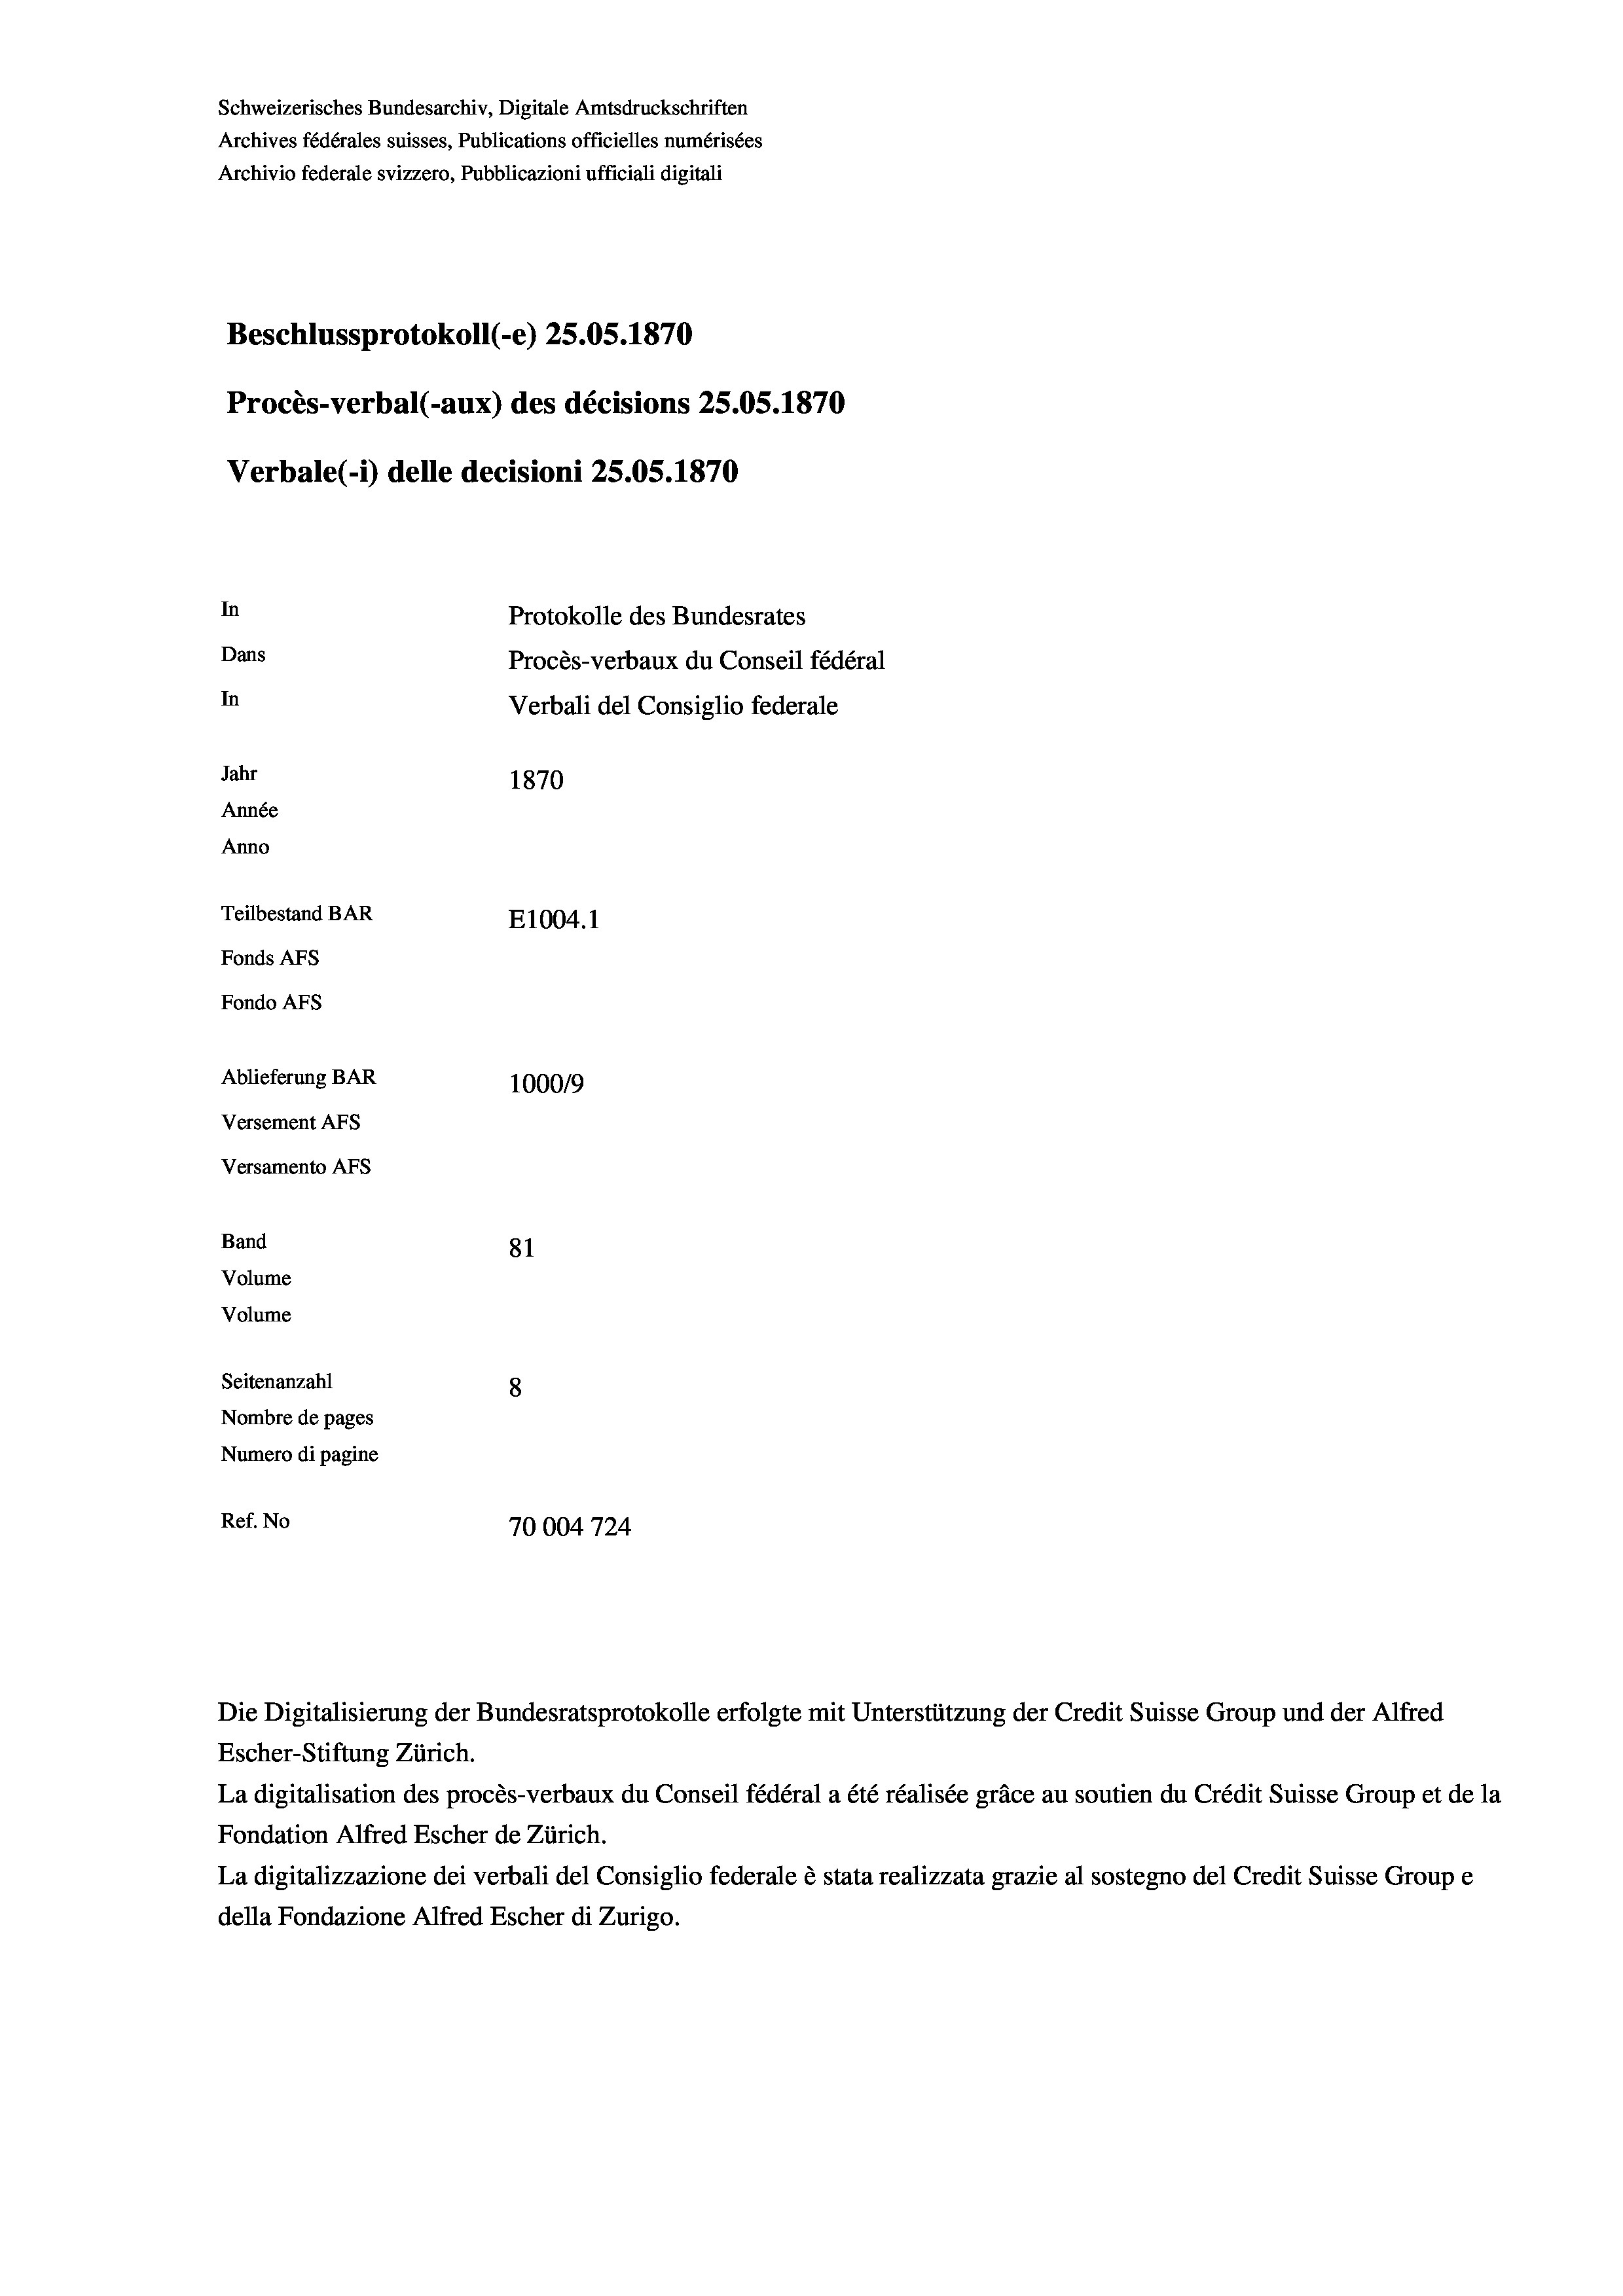
Schweizerisches Bundesarchiv, Digitale Amtsdruckschriften
Archives fédérales suisses, Publications officielles numérisées
Archivio federale svizzero, Pubblicazioni ufficiali digitali
Beschlussprotokoll (-e) 25.05. 1870
Procès-verbal (-aux) des décisions 25.05. 1870
Verbale(-*) delle decisioni 25.05. 1870
In
Protokolle des Bundesrates
Dans
Procès-verbaux du Conseil fédéral
In
Verbali del Consiglio federale
Jahr
1870
Année
Anno
Teilbestand BAR
E1004.1
Fonds AFs
Fondo AFs
Ablieferung BAR
100019
Versement Abs
Versamento Afs
Band
81
Volume
Volume

Seitenanzahl
8
Nombre de pages
Numero di pagine
Ref. No
10004724

La digitalisation des procès-verbaux du Conseil fédéral a été réalisée gräce au soutien du Crédit Suisse Group et de la
Fondation Alfred Escher de Zürich.
La digitalizzazione dei verbali del Consiglio federale è stata realizzata grazie al sostegno del Credit Suisse Groupe
della Fondazione Alfred Escher di Zurigo.

Escher-Stiftung Zürich.

Die Digitalisierung der Bundesratsprotokolle erfolgte mit Unterstützung der Credit Suisse Group und der Alfred